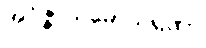
အဝိဇ္ဇာသမောသရဏာ